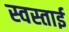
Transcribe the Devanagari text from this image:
स्वस्ताई